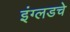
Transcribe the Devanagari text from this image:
इंग्लडचे